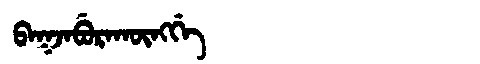
Manchu: ᠪᠠᡴᠵᠠᠪᡠᡵᠠᡴᡡᠩᡤᡝ
Romanization: BAKJABURAKŪNGGE